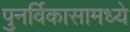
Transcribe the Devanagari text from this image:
पुनर्विकासामध्ये